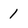
Character: 1